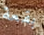
بقعة